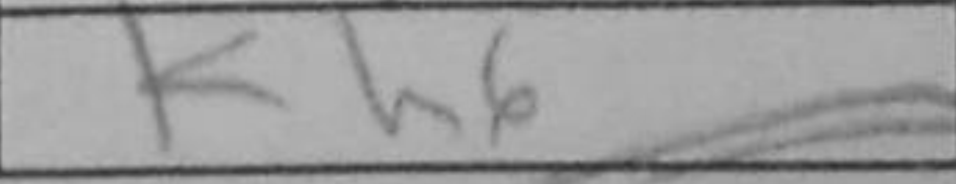
Transcription: Kh6